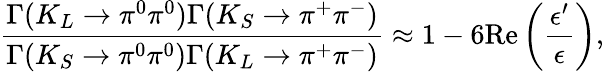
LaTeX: \frac{\Gamma(K_{L}\to\pi^{0}\pi^{0})\Gamma(K_{S}\to\pi^{+}\pi^{-})}{\Gamma(K_{S}\to\pi^{0}\pi^{0})\Gamma(K_{L}\to\pi^{+}\pi^{-})}\approx 1-6\mathrm{Re}\left(\frac{\epsilon^{\prime}}{\epsilon}\right),